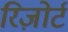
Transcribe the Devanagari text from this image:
रिज़ोर्ट